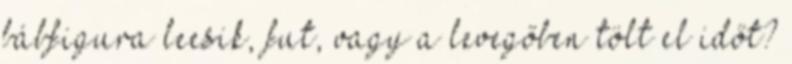
bábfigura leesik, fut, vagy a levegőben tölt el időt?